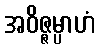
အဝိဇ္ဇမ္ပာဟံ